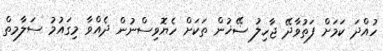
ހުއްދަ ކަމަށް ފަތުވާދޭ ޖާހިލު ޟޭޚުން ތަކަށް ހެޔޮވިސްނުން ދެއްވާ މިގައުމު ސަލާމތް